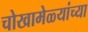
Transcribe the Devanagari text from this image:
चोखामेळ्यांच्या